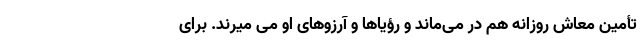
تأمین معاش روزانه هم در می‌ماند و رؤیاها و آرزوهای او می میرند. برای